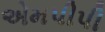
એમપીપી